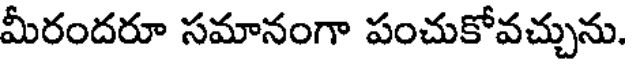
మీరందరూ సమానంగా పంచుకోవచ్చును.